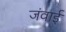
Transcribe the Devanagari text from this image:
जंवाई